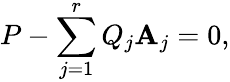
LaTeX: P-\sum_{j=1}^{r}Q_{j}\mathbf{A}_{j}=0,